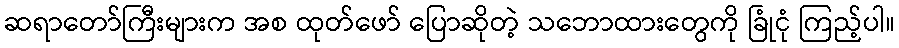
ဆရာတော်ကြီးများက အစ ထုတ်ဖော် ပြောဆိုတဲ့ သဘောထားတွေကို ခြုံငုံ ကြည့်ပါ။